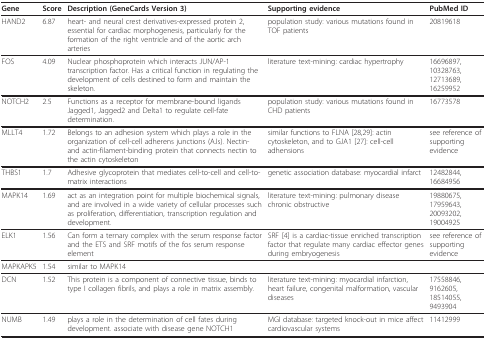
| Gene | Score | Description (GeneCards Version 3) | Supporting evidence | PubMed ID |
 | --- | --- | --- | --- | --- |
 | HAND2 | 6.87 | heart- and neural crest derivatives-expressed protein 2, essential for cardiac morphogenesis, particularly for the formation of the right ventricle and of the aortic arch arteries | population study: various mutations found in TOF patients | 20819618 |
 | FOS | 4.09 | Nuclear phosphoprotein which interacts JUN/AP-1 transcription factor. Has a critical function in regulating the development of cells destined to form and maintain the skeleton. | literature text-mining: cardiac hypertrophy | 16696897, 10328763, 12713689, 16259952 |
 | NOTCH2 | 2.5 | Functions as a receptor for membrane-bound ligands Jagged1, Jagged2 and Delta1 to regulate cell-fate determination. | population study: various mutations found in CHD patients | 16773578 |
 | MLLT4 | 1.72 | Belongs to an adhesion system which plays a role in the organization of cell-cell adherens junctions (AJs). Nectin- and actin-filament-binding protein that connects nectin to the actin cytoskeleton | similar functions to FLNA [28,29]: actin cytoskeleton, and to GJA1 [27]: cell-cell adhensions | see reference of supporting evidence |
 | THBS1 | 1.7 | Adhesive glycoprotein that mediates cell-to-cell and cell-to-matrix interactions | genetic association database: myocardial infarct | 12482844, 16684956 |
 | MAPK14 | 1.69 | act as an integration point for multiple biochemical signals, and are involved in a wide variety of cellular processes such as proliferation, differentiation, transcription regulation and development. | literature text-mining: pulmonary disease chronic obstructive | 19880675, 17959643, 20093202, 19004925 |
 | ELK1 | 1.56 | Can form a ternary complex with the serum response factor and the ETS and SRF motifs of the fos serum response element | SRF [4] is a cardiac-tissue enriched transcription factor that regulate many cardiac effector genes during embryogenesis | see reference of supporting evidence |
 | MAPKAPK5 | 1.54 | <COLSPAN=3> similar to MAPK14 |
 | DCN | 1.52 | This protein is a component of connective tissue, binds to type I collagen fibrils, and plays a role in matrix assembly. | literature text-mining: myocardial infarction, heart failure, congenital malformation, vascular diseases | 17558846, 9162605, 18514055, 9493904 |
 | NUMB | 1.49 | plays a role in the determination of cell fates during development. associate with disease gene NOTCH1 | MGI database: targeted knock-out in mice affect cardiovascular systems | 11412999 |